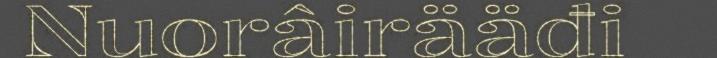
Nuorâirääđi